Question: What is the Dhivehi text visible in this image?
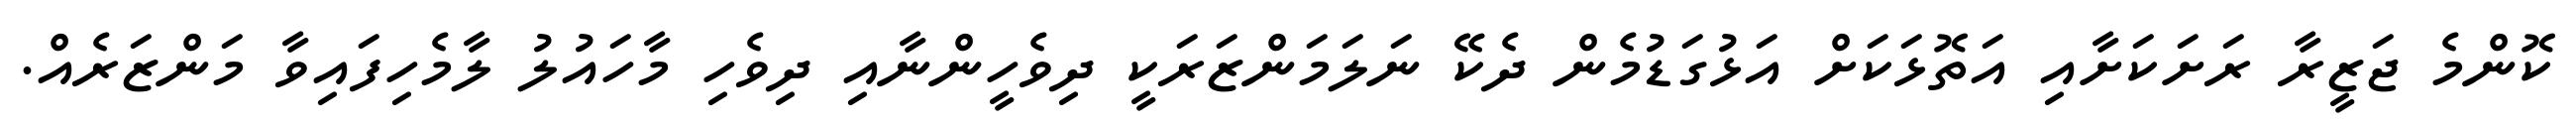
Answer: ކޮންމެ ޖަޒީރާ ރަށަކަށާއި އަތޮޅަކަށް އަޅުގަޑުމެން ދެކޭ ނަލަމަންޒަރަކީ ދިވެހީންނާއި ދިވެހި މާހައުލު ލާމެހިފައިވާ މަންޒަރެއް.